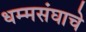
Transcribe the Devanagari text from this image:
धम्मसंघाचे